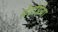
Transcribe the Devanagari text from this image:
चेटोग्नेथा